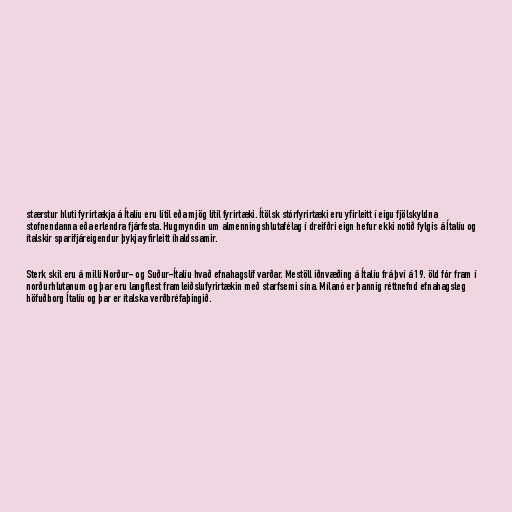
stærstur hluti fyrirtækja á Ítalíu eru lítil eða mjög lítil fyrirtæki. Ítölsk stórfyrirtæki eru yfirleitt í eigu fjölskyldna
stofnendanna eða erlendra fjárfesta. Hugmyndin um almenningshlutafélag í dreifðri eign hefur ekki notið fylgis á Ítalíu og
ítalskir sparifjáreigendur þykja yfirleitt íhaldssamir.

Sterk skil eru á milli Norður- og Suður-Ítalíu hvað efnahagslíf varðar. Mestöll iðnvæðing á Ítalíu frá því á 19. öld fór fram í
norðurhlutanum og þar eru langflest framleiðslufyrirtækin með starfsemi sína. Mílanó er þannig réttnefnd efnahagsleg
höfuðborg Ítalíu og þar er ítalska verðbréfaþingið.